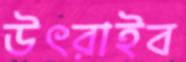
উৎরাইব